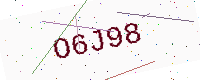
Text: O6J98